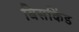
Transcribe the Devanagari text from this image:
बिसकिंड